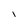
Character: l